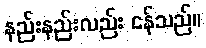
နည်းနည်းလည်း ငန်သည်။